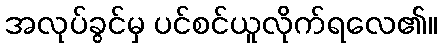
အလုပ်ခွင်မှ ပင်စင်ယူလိုက်ရလေ၏။